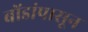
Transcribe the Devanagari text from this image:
बोंडांपासून